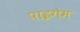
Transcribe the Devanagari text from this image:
पाइगेम